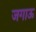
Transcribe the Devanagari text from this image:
जगाऊ